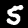
Label: 5